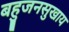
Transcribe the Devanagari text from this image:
बहुजनसुखाय